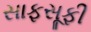
સાફસૂફી